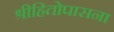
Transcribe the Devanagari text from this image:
श्रीहितोपासना